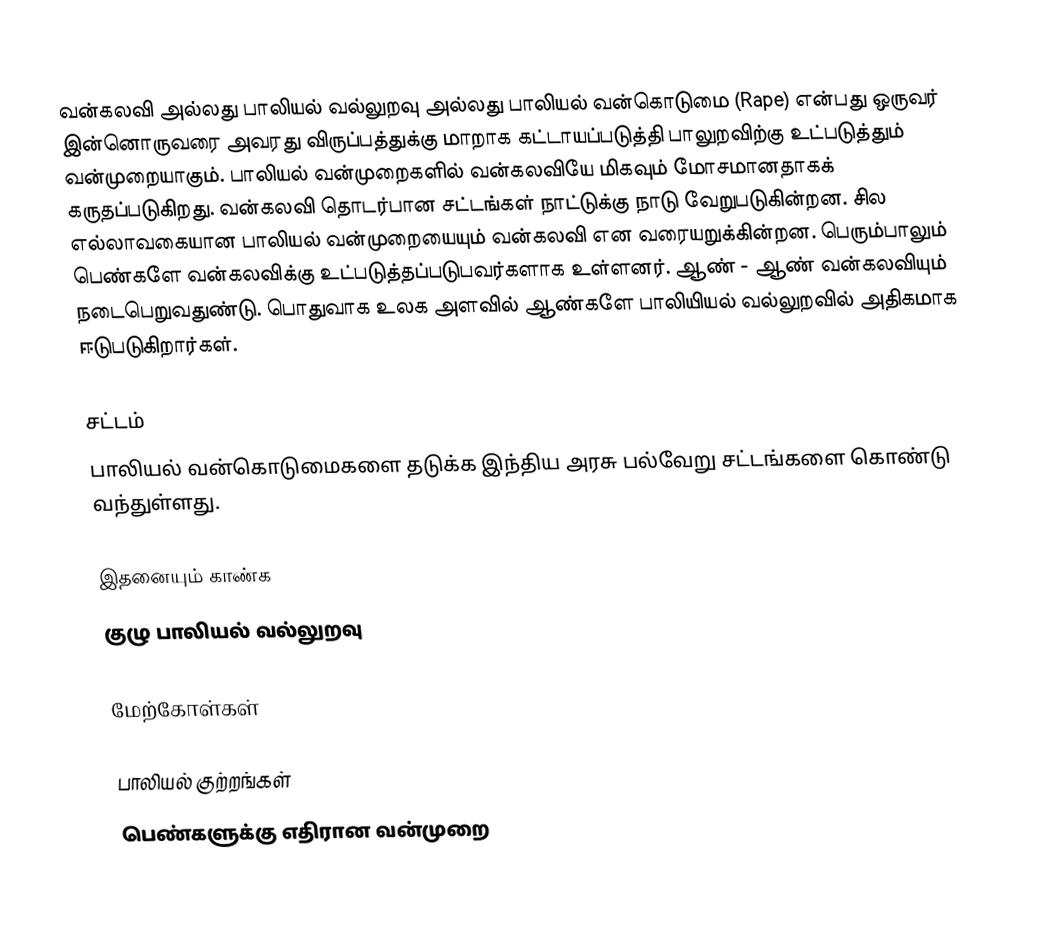
வன்கலவி  அல்லது பாலியல் வல்லுறவு அல்லது பாலியல் வன்கொடுமை (Rape) என்பது ஒருவர் இன்னொருவரை அவரது விருப்பத்துக்கு மாறாக கட்டாயப்படுத்தி பாலுறவிற்கு உட்படுத்தும் வன்முறையாகும். பாலியல் வன்முறைகளில் வன்கலவியே மிகவும் மோசமானதாகக் கருதப்படுகிறது. வன்கலவி தொடர்பான சட்டங்கள் நாட்டுக்கு நாடு வேறுபடுகின்றன. சில எல்லாவகையான பாலியல் வன்முறையையும் வன்கலவி என வரையறுக்கின்றன. பெரும்பாலும் பெண்களே வன்கலவிக்கு உட்படுத்தப்படுபவர்களாக உள்ளனர். ஆண் - ஆண் வன்கலவியும் நடைபெறுவதுண்டு. பொதுவாக உலக அளவில் ஆண்களே பாலியியல் வல்லுறவில் அதிகமாக ஈடுபடுகிறார்கள்.

சட்டம்
பாலியல் வன்கொடுமைகளை தடுக்க இந்திய அரசு பல்வேறு சட்டங்களை கொண்டு வந்துள்ளது.

இதனையும் காண்க
 குழு பாலியல் வல்லுறவு

மேற்கோள்கள்

பாலியல் குற்றங்கள்
பெண்களுக்கு எதிரான வன்முறை